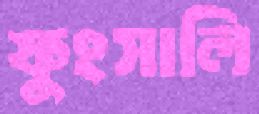
ফুংসালি